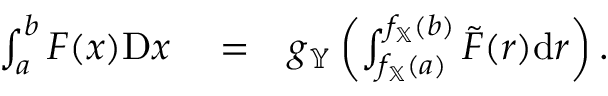
\begin{array} { r l r } { \int _ { a } ^ { b } F ( x ) \mathrm { D } x } & { { } = } & { g _ { \mathbb { Y } } \left( \int _ { f _ { \mathbb { X } } ( a ) } ^ { f _ { \mathbb { X } } ( b ) } \tilde { F } ( r ) \mathrm { d } r \right) . } \end{array}